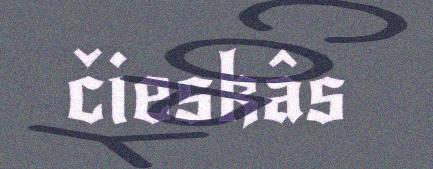
čieskâs